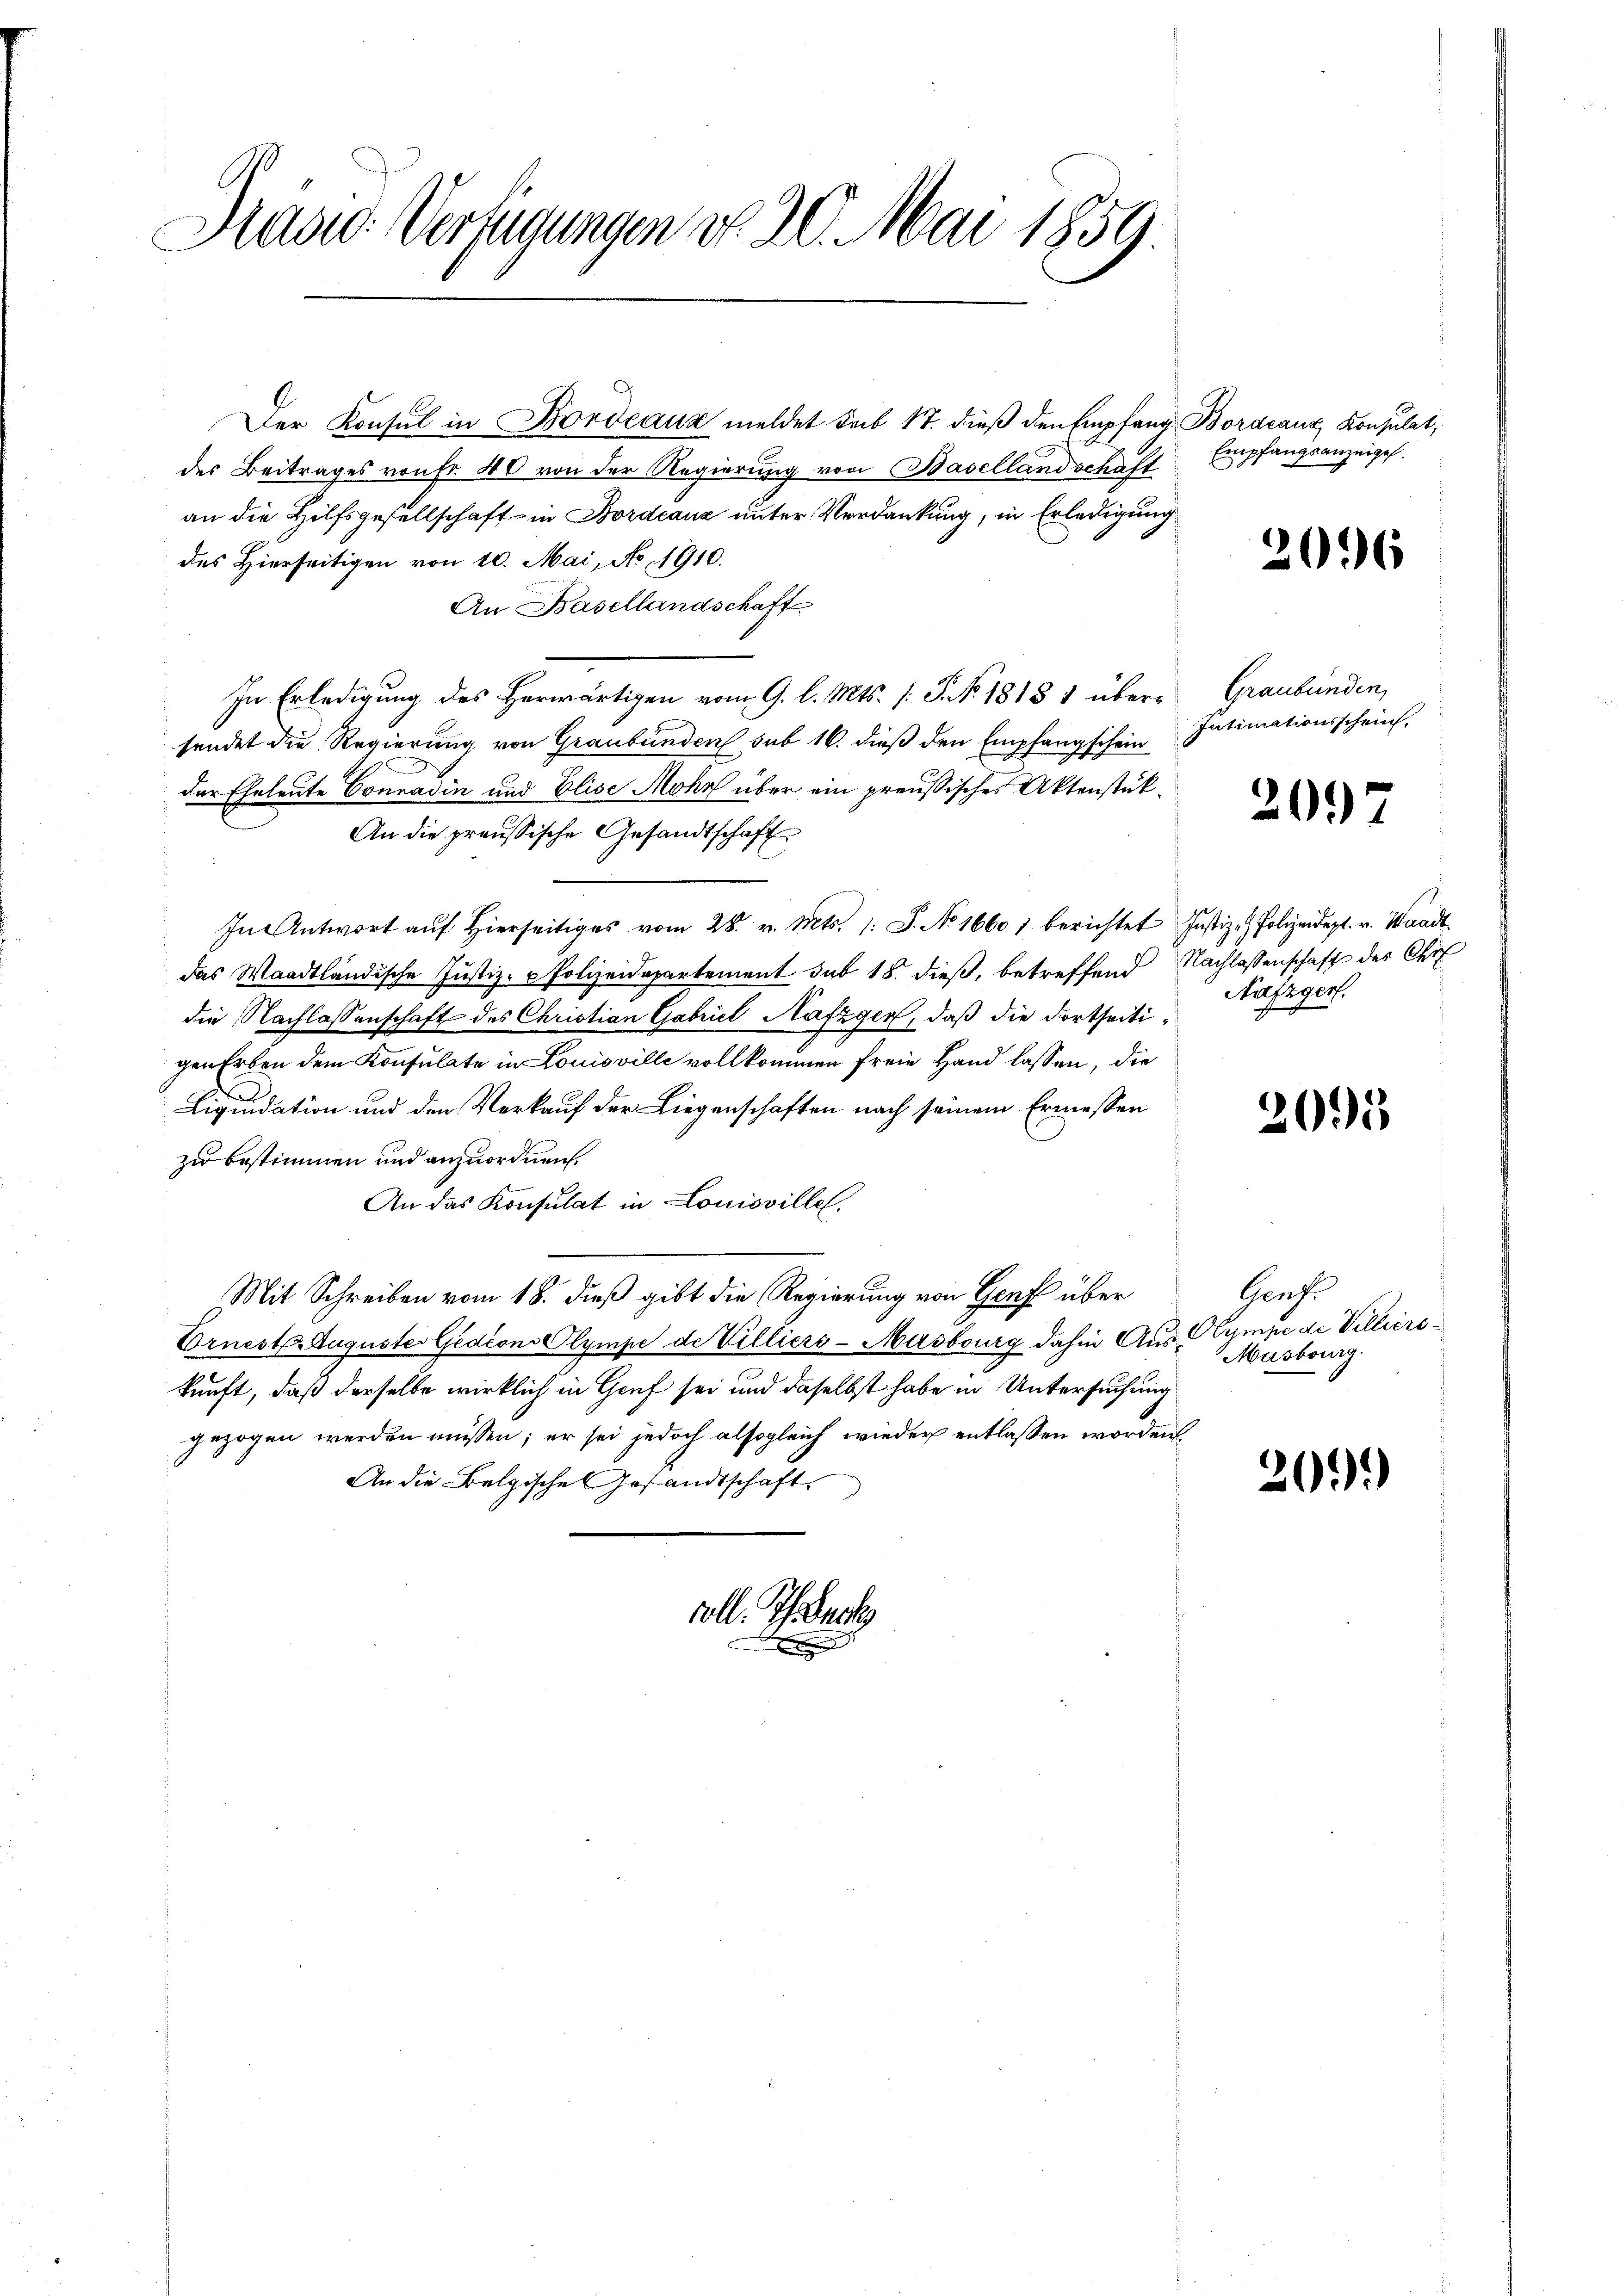
Saad: Verfügungen v. 20. Mai 1859.

Der Konsul in Bordeaux meldet seit St. dieß den Empfang Bordeaux, Konsulat,
des Beitrages von Fr. 40 von der Regierung von Basellandschaft
an die Hilfsgesellschaft in Bordeauz unter Verdankung, in Erledigung
des Hierseitigen von 10. Mai, No 11910.
An Basellandschaft
In Erledigung des Herwärtigen vom 9. l. Mts. (: P. No. 1818 1 übersendet die Regierung von Graubünden sub 16. dieß den Empfangschein
.
der Eheleute Conradin und Elise Mohr über ein preußisches Aktenstük¬
An die preussische Gesandtschaft
In Antwort aŭf hierseitiges vom 28. v. Mts. 1. S. No 16601 berichtet
das Waadtländische Justiz- & Polizeidepartement sub 15. dieß, betreffend
die Nachlassenschaft des Christian Gabriel Nafzger, daß die dortseitigen Erben dem Konsulate in Louisville vollkommen freie Hand lassen, die
Liquidation und den Vorkauf der Liegenschaften nach seinem Ermessen
zu bestimmen und anzuordnen.
An das Konsulat in Lonioville.
Mit Schreiben vom 18. dieß gibt die Regierung von Genf über
Ornest Auguste Gedion Olympe de Villiers-Masbourg dahin Aus Olympe de Villierskunft, daß derselbe wirklich in Genf sei und daselbst habe in Untersuchung
gezogen werden müssen; er sei jedoch alsogleich wieder entlassen worden
An die Belgische Gesandtschaft

oll. Thur

Empfangsanzeigel.

2096

Graubünden,
Intimationsschein.

2097

Justiz- & Polizeidept. v. Waadt.
Nachlassenschaft des Chr
Nafzger.

2095

Haufe
Masburg.

309.